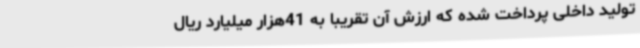
تولید داخلی پرداخت شده که ارزش آن تقریباً به 41هزار میلیارد ریال